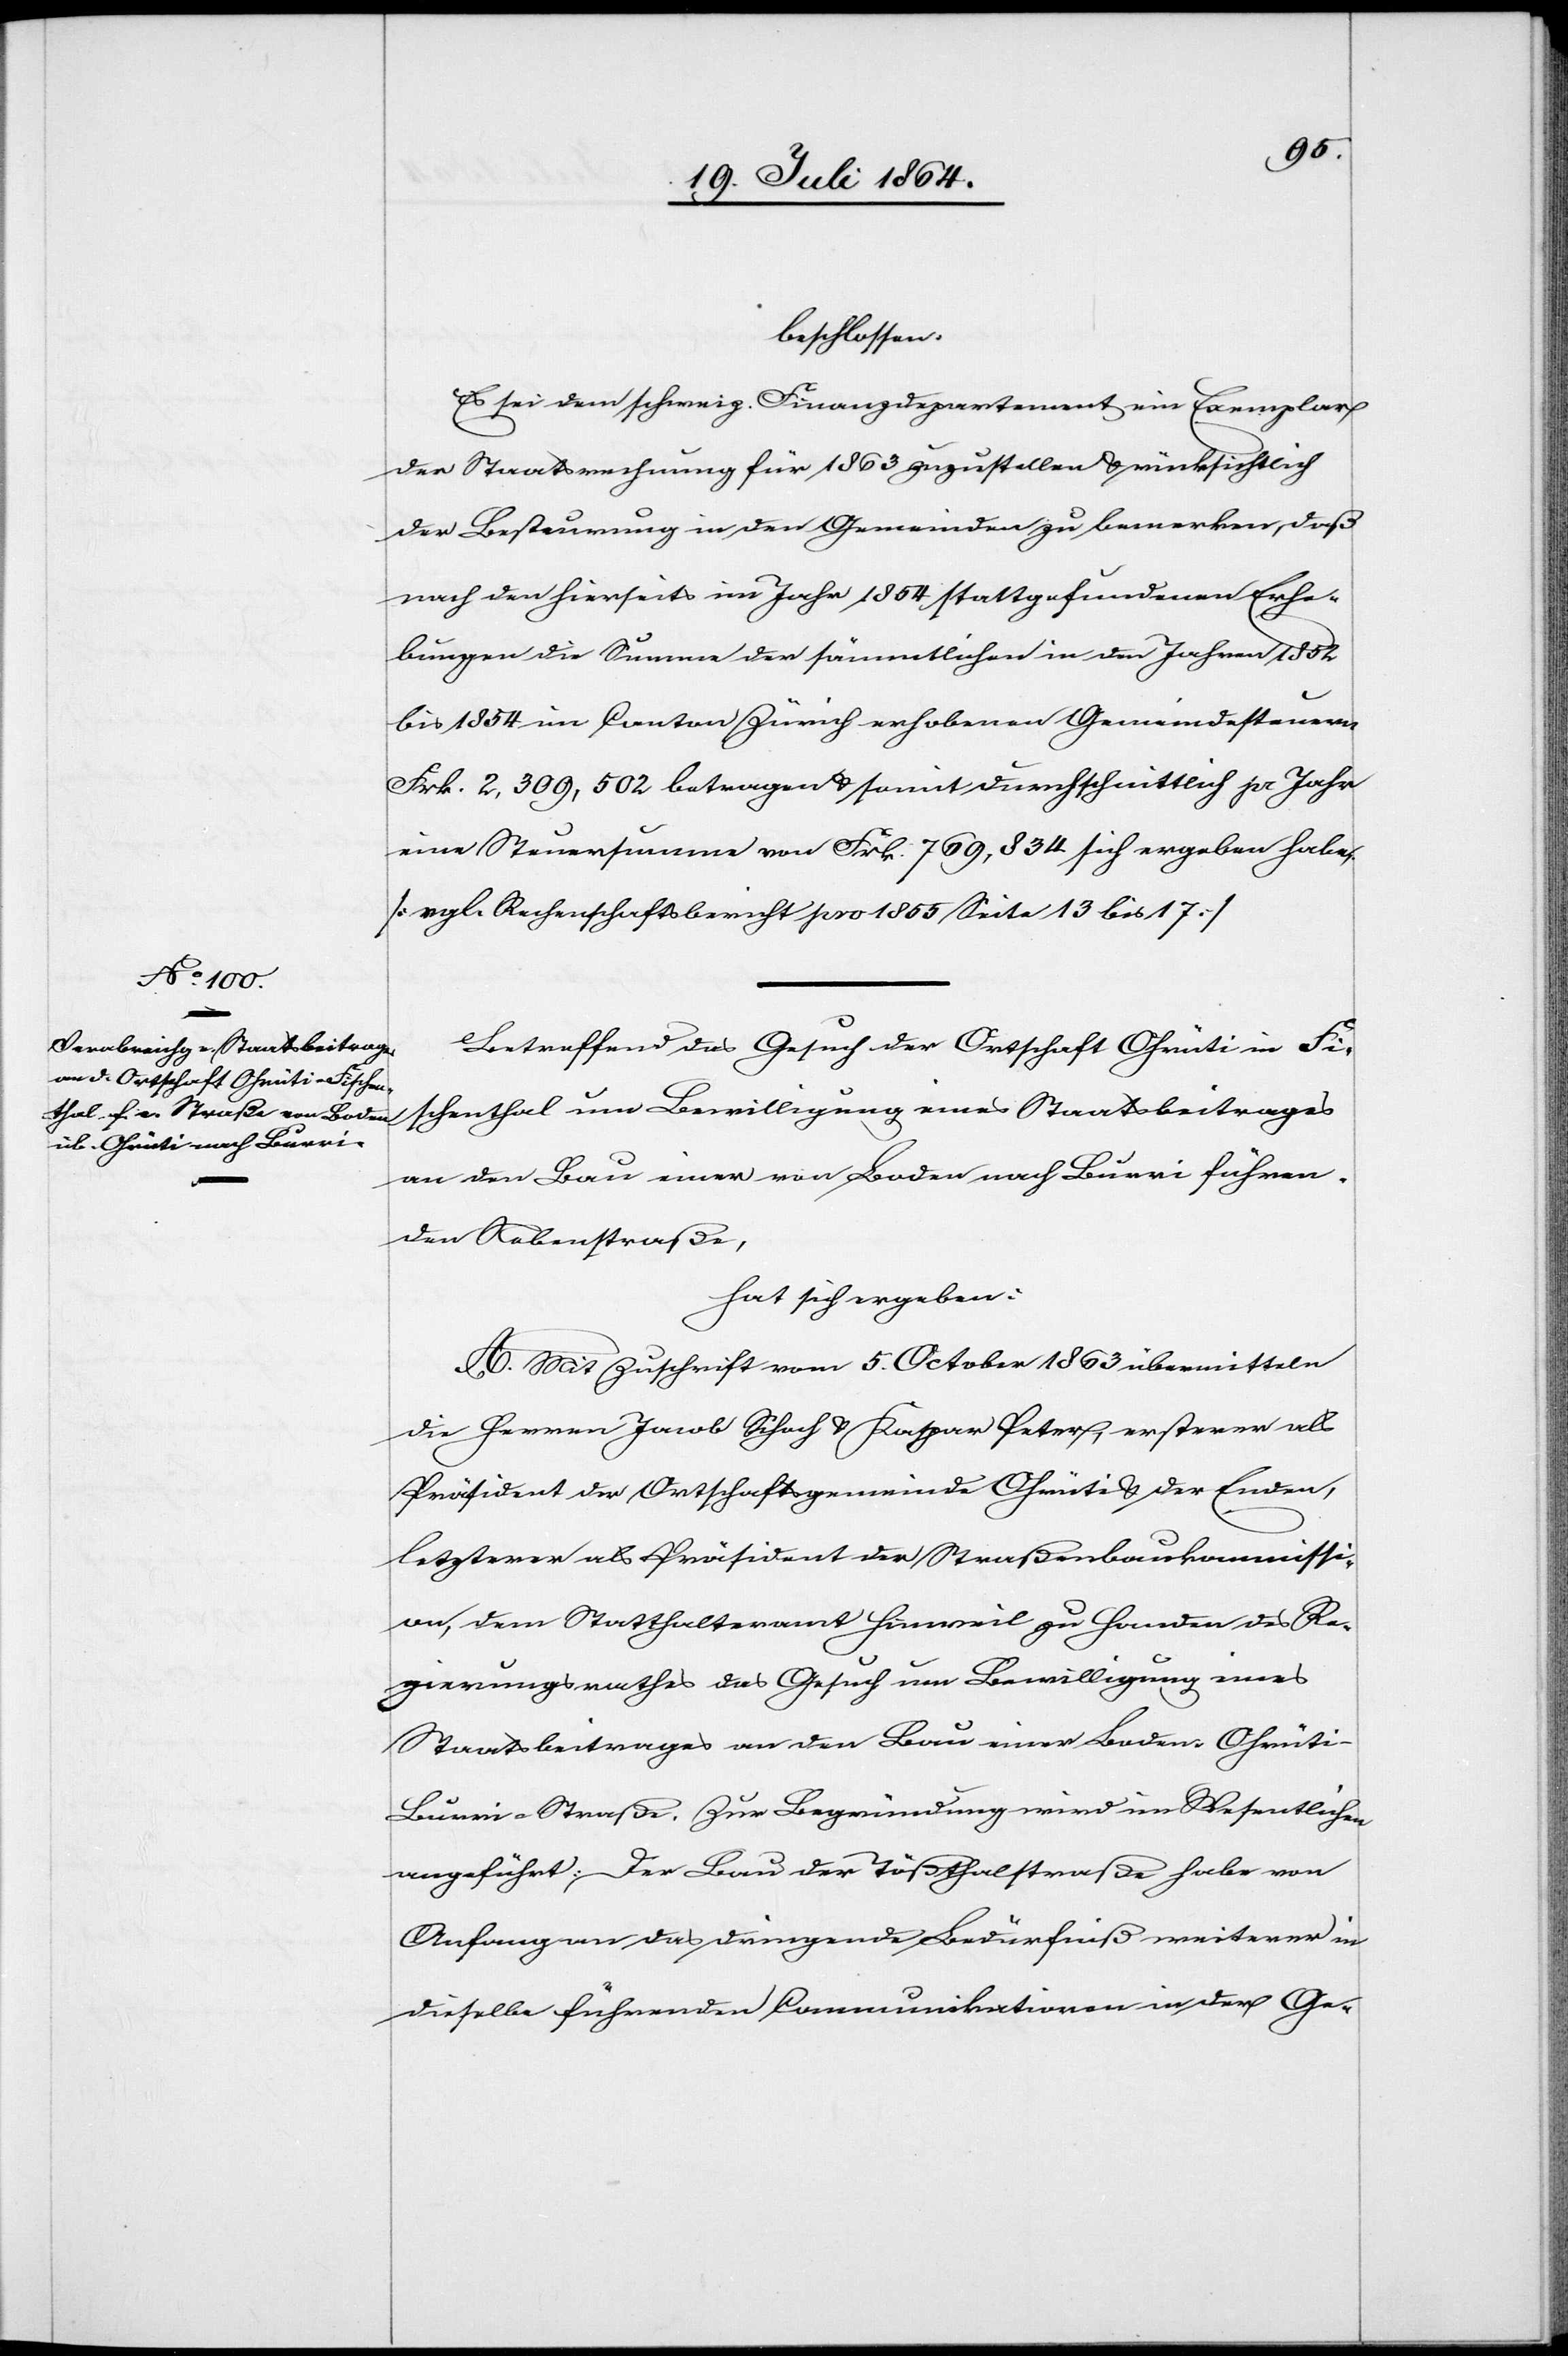
beschlossen:
Es sei dem schweiz. Finanzdepartement ein Exemplar
der Staatsrechnung für 1863 zuzustellen u. rücksichtlich
der Besteuerung in den Gemeinden zu bemerken, daß
nach den hierseits im Jahr 1864 stattgefundenen Erhe¬
bungen die Summe der sämmtlichen in den Jahren 1852
bis 1854 im Canton Zürich erhobenen Gemeindesteuern
Frk. 2,309,502 betragen u. somit durchschnittlich pr Jahr
eine Steuersumme von Frk. 769,834 sich ergeben habe.
[vgl. Rechenschaftsbericht pro 1855 Seite 13 bis 17.]
Betreffend das Gesuch der Ortschaft Ohrüti in Fi¬
schenthal um Bewilligung eines Staatsbeitrages
an den Bau einer von Boden nach Burri führen¬
den Nebenstraße,
hat sich ergeben:
A. Mit Zuschrift vom 5. October 1863 übermitteln
die Herren Jacob Schoch u. Kaspar Peter, ersterer als
Präsident der Ortschaftsgemeinde Ohrüti u. der Emden,
letzterer als Präsident der Straßenbaukommissi¬
on, dem Statthalteramt Hinweil zu Handen des Re¬
gierungsrathes das Gesuch um Bewilligung eines
Staatsbeitrages an den Bau einer Boden–Ohrüt¬
i–Burri-Straße. Zur Begründung wird im Wesentlichen
angeführt: Der Bau der Tößthalstraße habe von
Anfang an das dringende Bedürfniß weiterer in
dieselbe führenden Communikationen in der Ge-